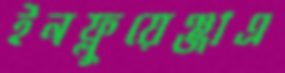
ইনফ্লুয়েঞ্জাএ